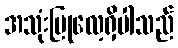
အသုံးပြုလေ့ရှိပါသည်